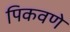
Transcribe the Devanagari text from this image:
पिकवणे